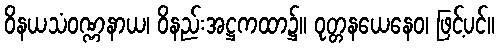
ဝိနယသံဝဏ္ဏနာယ၊ ဝိနည်းအဋ္ဌကထာ၌။ ဝုတ္တနယေနေဝ၊ ဖြင့်ပင်။